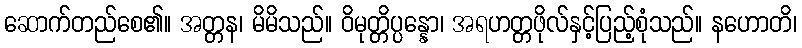
ဆောက်တည်စေ၏။ အတ္တန၊ မိမိသည်။ ဝိမုတ္တိပ္ပန္နော၊ အရဟတ္တဖိုလ်နှင့်ပြည့်စုံသည်။ နဟောတိ၊